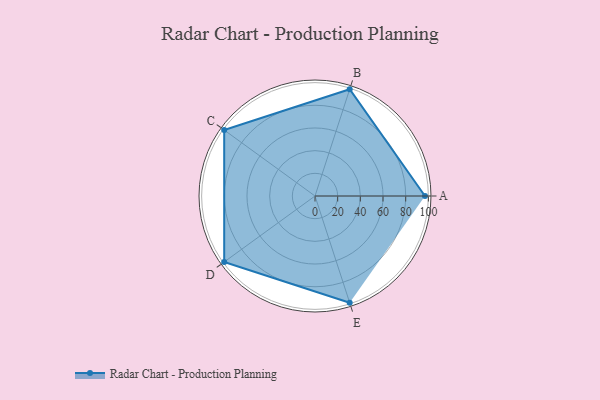
{"axis": {"x": "Skill", "y": "Score"}, "legend": ["Profile"], "data": [{"x": "A", "y": 97.0, "type": "Profile"}, {"x": "B", "y": 99, "type": "Profile"}, {"x": "C", "y": 99, "type": "Profile"}, {"x": "D", "y": 99, "type": "Profile"}, {"x": "E", "y": 99, "type": "Profile"}]}